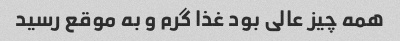
همه چیز عالی بود غذا گرم و به موقع رسید